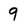
Character: 9